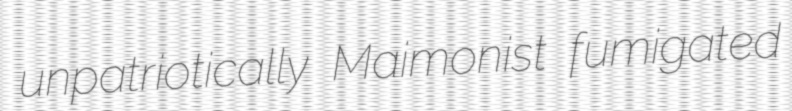
unpatriotically Maimonist fumigated